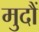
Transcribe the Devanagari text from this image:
मुदौं